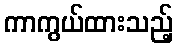
ကာကွယ်ထားသည့်